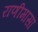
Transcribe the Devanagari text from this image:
राणीमासा